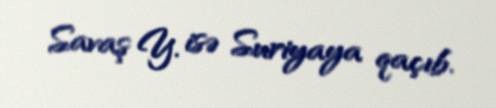
Savaş Y. isə Suriyaya qaçıb.